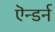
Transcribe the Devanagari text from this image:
ऎन्डर्न